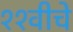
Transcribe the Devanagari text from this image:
११वीचे